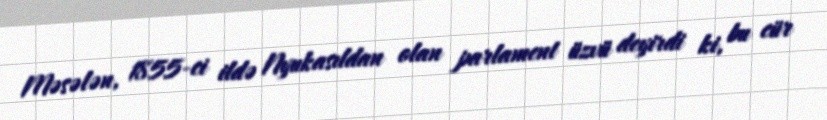
Məsələn, 1855-ci ildə Nyukasıldan olan parlament üzvü deyirdi ki, bu cür